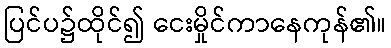
ပြင်ပ၌ထိုင်၍ ငေးမှိုင်ကာနေကုန်၏။